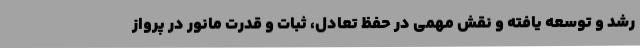
رشد و توسعه یافته و نقش مهمی در حفظ تعادل، ثبات و قدرت مانور در پرواز